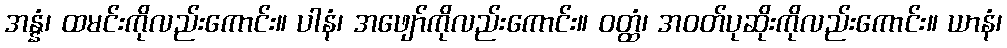
အန္နံ၊ ထမင်းကိုလည်းကောင်း။ ပါနံ၊ အဖျော်ကိုလည်းကောင်း။ ဝတ္ထံ၊ အဝတ်ပုဆိုးကိုလည်းကောင်း။ ယာနံ၊